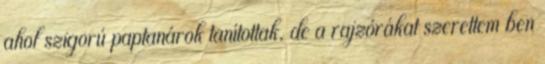
ahol szigorú paptanárok tanítottak, de a rajzórákat szerettem ben